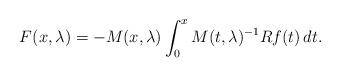
LaTeX: \begin{align*}F(x,\lambda)= -M(x,\lambda)\int_0^x M(t,\lambda)^{-1} R f(t)\,dt.\end{align*}